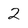
Character: 2